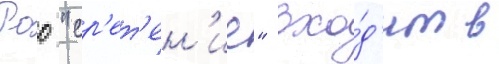
Роо "ср'ет'ен'ие" вхо́д'ит в